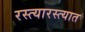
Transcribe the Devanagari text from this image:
रस्त्यारस्त्यात